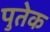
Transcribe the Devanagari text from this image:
पुतेक